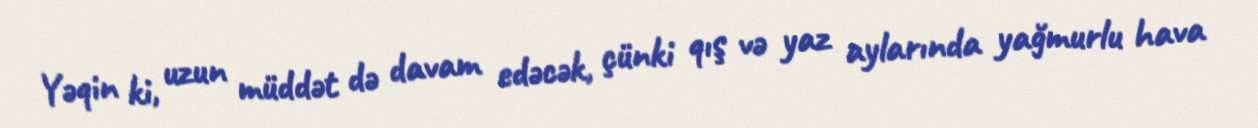
Yəqin ki, uzun müddət də davam edəcək, çünki qış və yaz aylarında yağmurlu hava